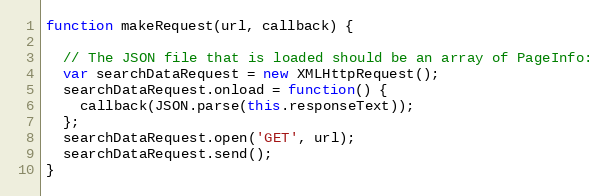
Language: JavaScript
function makeRequest(url, callback) {

  // The JSON file that is loaded should be an array of PageInfo:
  var searchDataRequest = new XMLHttpRequest();
  searchDataRequest.onload = function() {
    callback(JSON.parse(this.responseText));
  };
  searchDataRequest.open('GET', url);
  searchDataRequest.send();
}